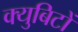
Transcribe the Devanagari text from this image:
क्युबिटों